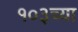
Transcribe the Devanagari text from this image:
१०३च्या